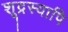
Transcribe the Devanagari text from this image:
शूद्रस्यापि